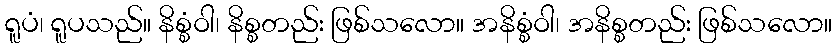
ရူပံ၊ ရူပသည်။ နိစ္စံဝါ၊ နိစ္စတည်း ဖြစ်သလော။ အနိစ္စံဝါ၊ အနိစ္စတည်း ဖြစ်သလော။